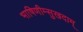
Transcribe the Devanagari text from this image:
भाषिणीम्सुखदाम्